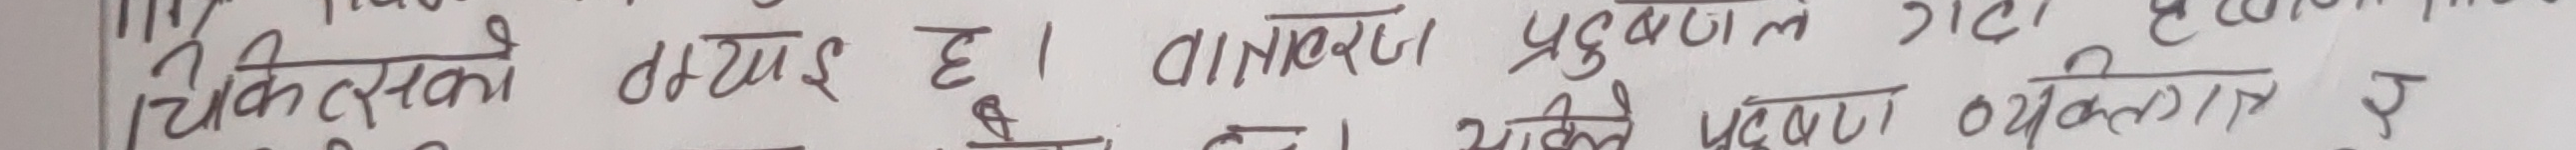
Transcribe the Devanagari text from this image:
चिकित्सकों तरई है। वातावरण प्रदूषण का स्वास्थ्य पर व्यक्तिगत